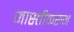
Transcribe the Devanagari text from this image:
जास्तीकरुन